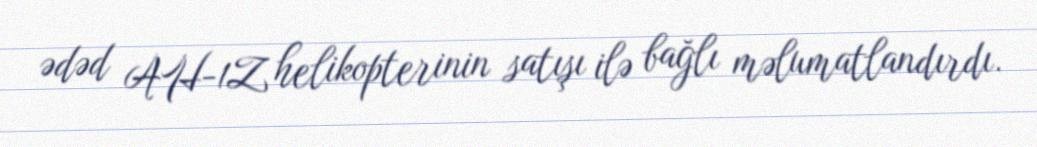
ədəd AH-1Z helikopterinin satışı ilə bağlı məlumatlandırdı.